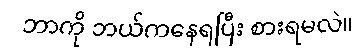
ဘာကို ဘယ်ကနေရပြီး စားရမလဲ။